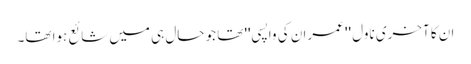
ان کا آخری ناول '' عمران کی واپسی'' تھا جو حال ہی میں شائع ہوا تھا۔